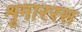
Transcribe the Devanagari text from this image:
शृगाररस